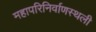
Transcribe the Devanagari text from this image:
महापरिनिर्वाणस्थली